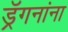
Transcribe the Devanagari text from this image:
ड्रॅगनांना